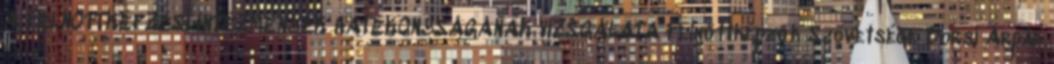
A FELNŐTTKÉPZÉSI INTÉZMÉNYEK HATÉKONYSÁGÁNAK VIZSGÁLATA Felnőttképzők Szövetsége Borsi Árpád